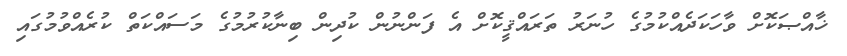
ޚާއްޞަކޮށް ވާހަކަދެއްކުމުގެ ހުނަރު ތަރައްޤީކޮށް އެ ފަންނުން ކުދިން ބިނާކުރުމުގެ މަސައްކަތް ކުރެއްވުމުގައި